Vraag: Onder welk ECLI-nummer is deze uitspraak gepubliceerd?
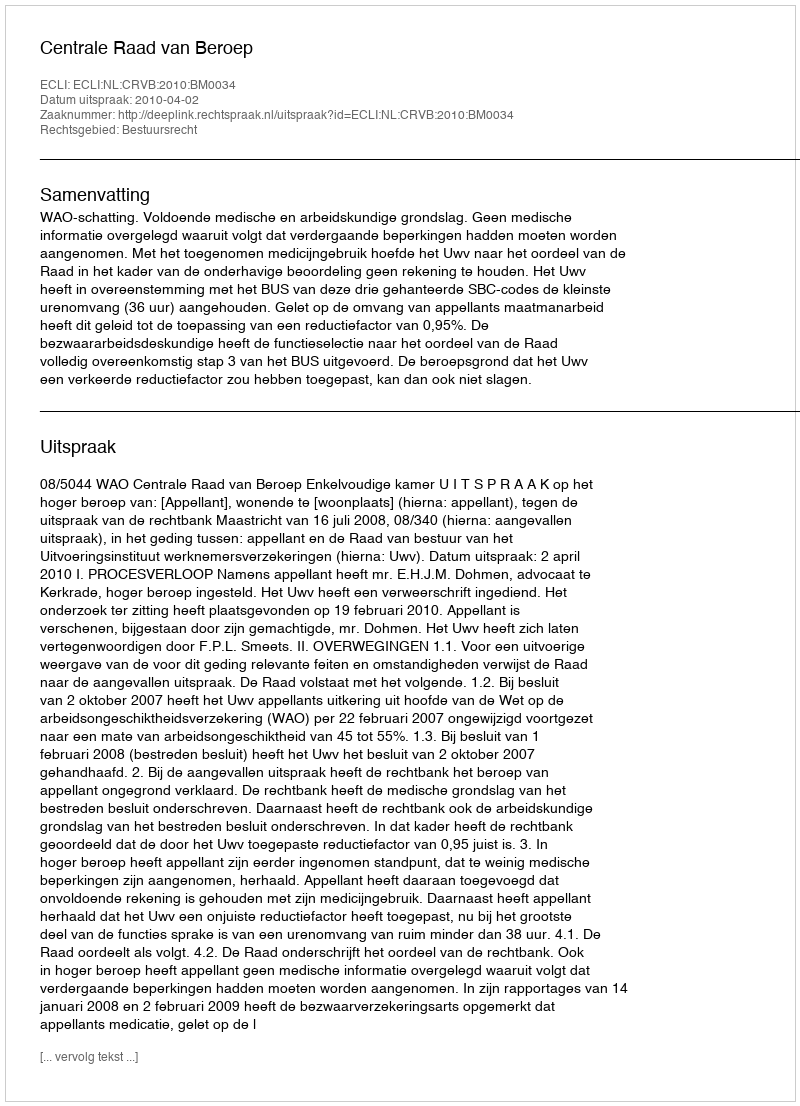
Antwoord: ECLI:NL:CRVB:2010:BM0034